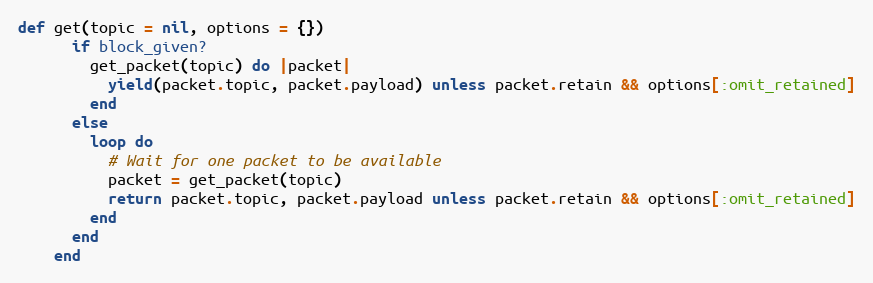
Language: Ruby
def get(topic = nil, options = {})
      if block_given?
        get_packet(topic) do |packet|
          yield(packet.topic, packet.payload) unless packet.retain && options[:omit_retained]
        end
      else
        loop do
          # Wait for one packet to be available
          packet = get_packet(topic)
          return packet.topic, packet.payload unless packet.retain && options[:omit_retained]
        end
      end
    end